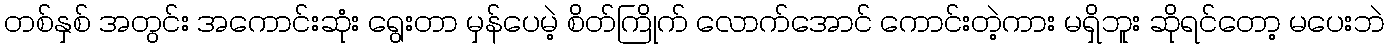
တစ်နှစ် အတွင်း အကောင်းဆုံး ရွေးတာ မှန်ပေမဲ့ စိတ်ကြိုက် လောက်အောင် ကောင်းတဲ့ကား မရှိဘူး ဆိုရင်တော့ မပေးဘဲ